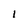
Character: l